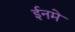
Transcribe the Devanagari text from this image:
ईनमे